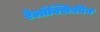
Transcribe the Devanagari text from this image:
रेलॉक्सिफ़ीन